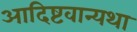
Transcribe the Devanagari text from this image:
आदिष्टवान्यथा